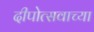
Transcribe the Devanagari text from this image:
दीपोत्सवाच्या